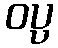
ဝပ္ပ